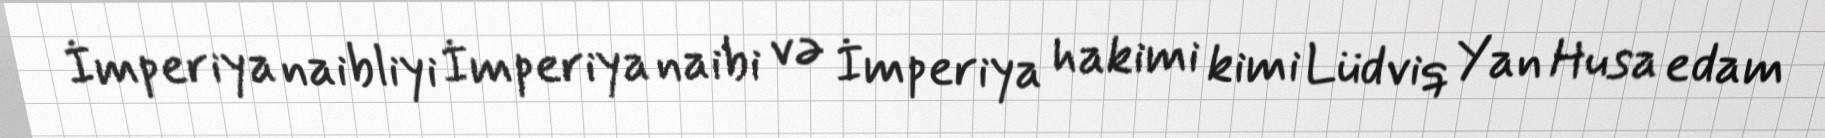
İmperiya naibliyi İmperiya naibi və İmperiya hakimi kimi Lüdviq Yan Husa edam